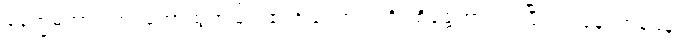
နေက္ခမကာရဏ၊ တောထွက်ခြင်း၏အကြောင်းကို။ စိန္တေတွာ၊ ကြံပြီး၍။ ပုန၊ တစ်ဖန်။